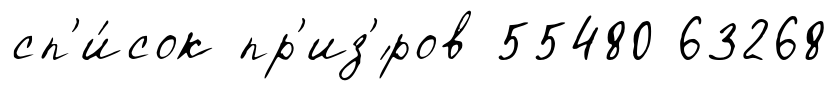
сп'и́сок пр'из'́ров 55480 63268